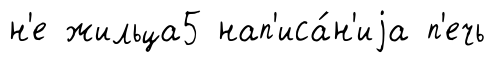
н'е жильца5 нап'иса́н'иjа п'ечь